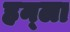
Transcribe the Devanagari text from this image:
हन्ला